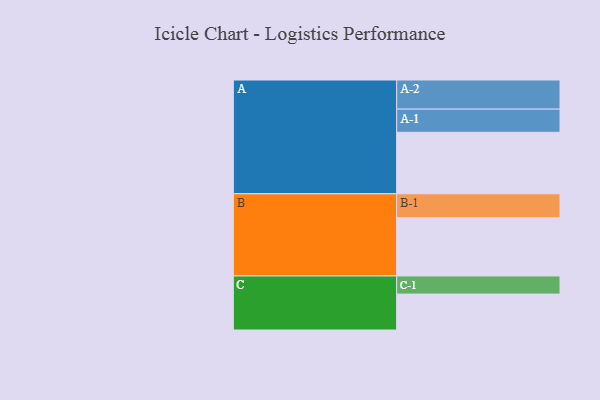
{"axis": {"x": "Segment", "y": "Value"}, "legend": ["", "A", "B", "C"], "data": [{"x": "A", "y": 570, "type": ""}, {"x": "B", "y": 539, "type": ""}, {"x": "C", "y": 333, "type": ""}, {"x": "A-1", "y": 215, "type": "A"}, {"x": "A-2", "y": 270, "type": "A"}, {"x": "B-1", "y": 223, "type": "B"}, {"x": "C-1", "y": 168, "type": "C"}]}